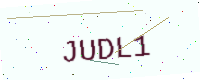
Text: JUDL1